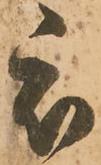
被